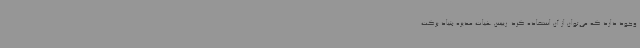
وجود دارد که می‌توان از آن استفاده کرد. رییس هیات مدیره بنیاد برکت